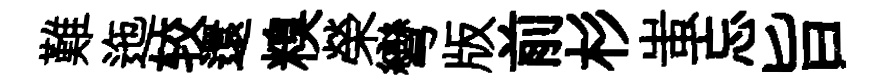
難迤较還糗榮彎版前杉蚩忘旨